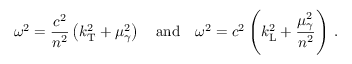
\omega ^ { 2 } = \frac { c ^ { 2 } } { n ^ { 2 } } \left( k _ { \mathrm { T } } ^ { 2 } + \mu _ { \gamma } ^ { 2 } \right) \quad \mathrm { a n d } \quad \omega ^ { 2 } = c ^ { 2 } \left( k _ { \mathrm { L } } ^ { 2 } + \frac { \mu _ { \gamma } ^ { 2 } } { n ^ { 2 } } \right) \, .